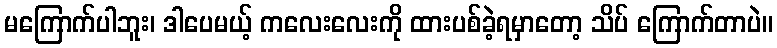
မကြောက်ပါဘူး၊ ဒါပေမယ့် ကလေးလေးကို ထားပစ်ခဲ့ရမှာတော့ သိပ် ကြောက်တာပဲ။